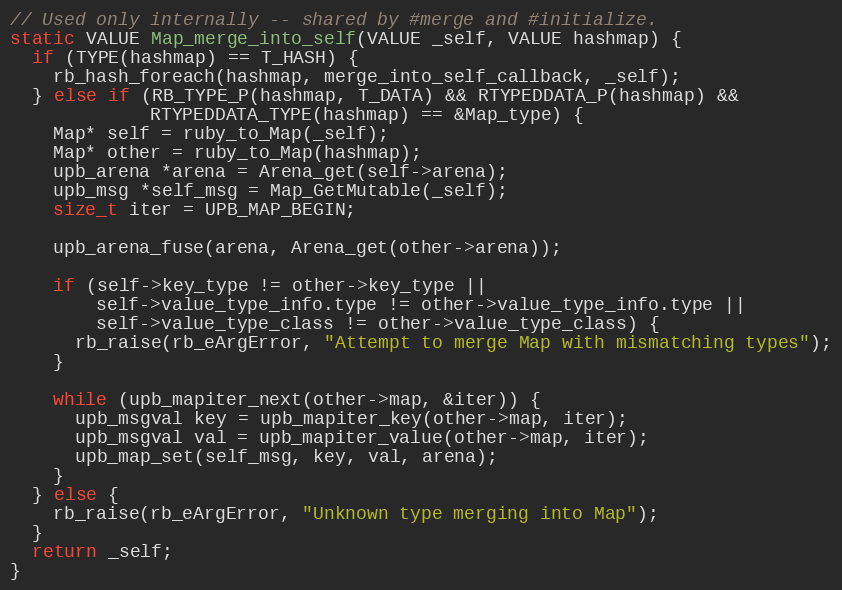
Language: C
// Used only internally -- shared by #merge and #initialize.
static VALUE Map_merge_into_self(VALUE _self, VALUE hashmap) {
  if (TYPE(hashmap) == T_HASH) {
    rb_hash_foreach(hashmap, merge_into_self_callback, _self);
  } else if (RB_TYPE_P(hashmap, T_DATA) && RTYPEDDATA_P(hashmap) &&
             RTYPEDDATA_TYPE(hashmap) == &Map_type) {
    Map* self = ruby_to_Map(_self);
    Map* other = ruby_to_Map(hashmap);
    upb_arena *arena = Arena_get(self->arena);
    upb_msg *self_msg = Map_GetMutable(_self);
    size_t iter = UPB_MAP_BEGIN;

    upb_arena_fuse(arena, Arena_get(other->arena));

    if (self->key_type != other->key_type ||
        self->value_type_info.type != other->value_type_info.type ||
        self->value_type_class != other->value_type_class) {
      rb_raise(rb_eArgError, "Attempt to merge Map with mismatching types");
    }

    while (upb_mapiter_next(other->map, &iter)) {
      upb_msgval key = upb_mapiter_key(other->map, iter);
      upb_msgval val = upb_mapiter_value(other->map, iter);
      upb_map_set(self_msg, key, val, arena);
    }
  } else {
    rb_raise(rb_eArgError, "Unknown type merging into Map");
  }
  return _self;
}